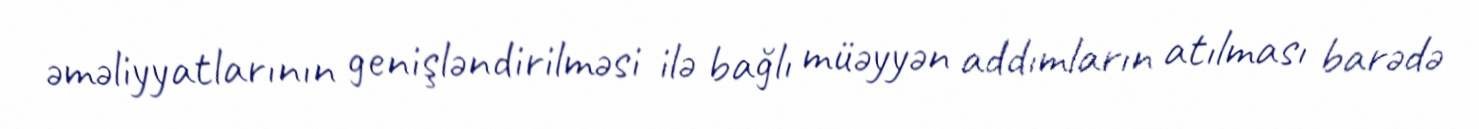
əməliyyatlarının genişləndirilməsi ilə bağlı müəyyən addımların atılması barədə